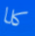
كلا